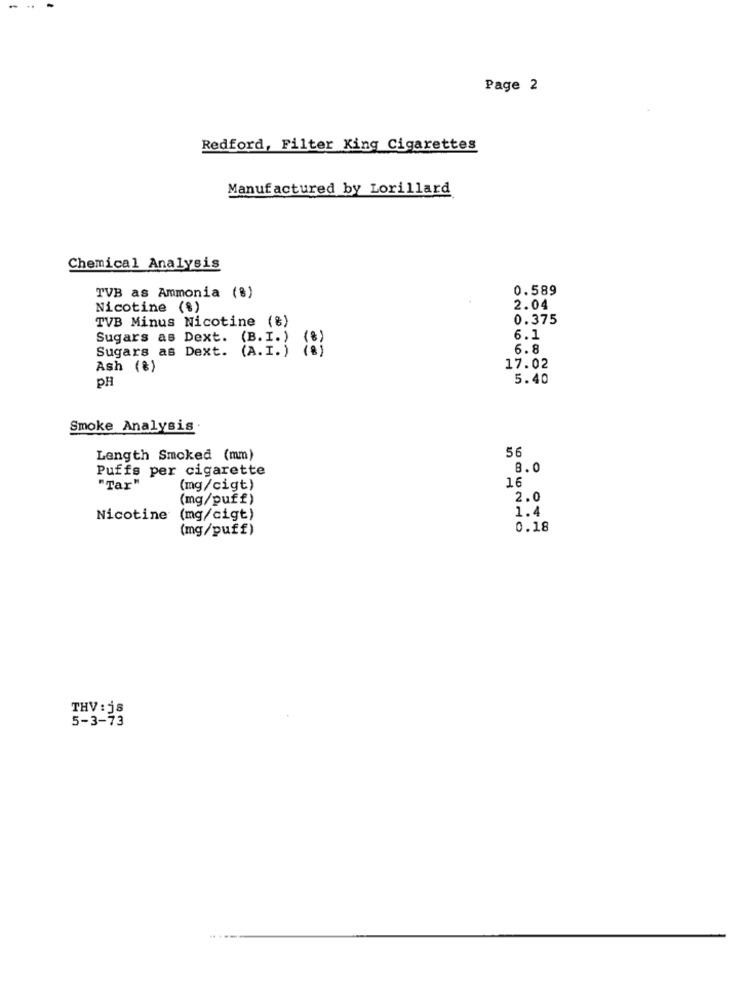
..
Page 2
Redford, Filter King Cigarettes
Manufactured by Lorillard
Chemical Analysis
0.589
TVB as Ammonia (%)
Nicotine (%)
2.04
TVB Minus Nicotine (%)
0.375
Sugars as Dext. (B. I.)
6.1
Sugars as Dext. (A.I.) (8)
6.8
Ash (%)
17.02
PH
5.40
Smoke Analysis
56
Length Smoked (mm)
Puffs per cigarette
8.0
16
"Tar"
(mg/cigt)
(mg/puff)
2.0
1.4
Nicotine
(mg/cigt)
(mg/puff)
0.18
THV : js
5-3-73